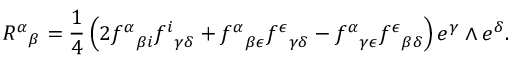
{ R ^ { \alpha } } _ { \beta } = { \frac { 1 } { 4 } } \left( 2 { f ^ { \alpha } } _ { \beta i } { f ^ { i } } _ { \gamma \delta } + { f ^ { \alpha } } _ { \beta \epsilon } { f ^ { \epsilon } } _ { \gamma \delta } - { f ^ { \alpha } } _ { \gamma \epsilon } { f ^ { \epsilon } } _ { \beta \delta } \right) e ^ { \gamma } \wedge e ^ { \delta } .